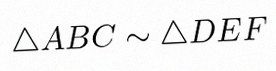
\triangle ABC\sim\triangle DEF